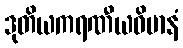
ဒုတိယကရဏီယဝိမာနံ